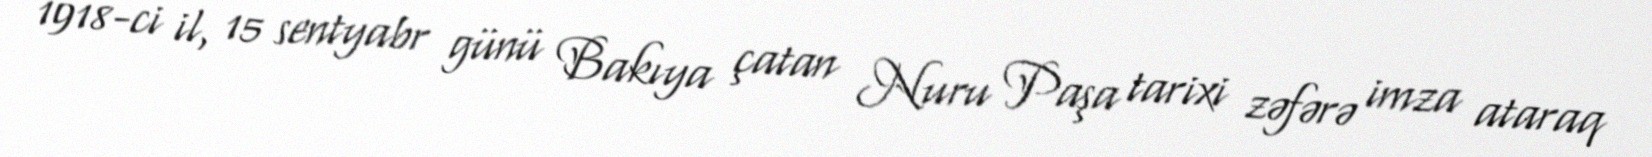
1918-ci il, 15 sentyabr günü Bakıya çatan Nuru Paşa tarixi zəfərə imza ataraq